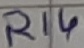
Text: R14